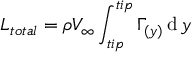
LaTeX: L _ { t o t a l } = \rho V _ { \infty } \int _ { t i p } ^ { t i p } \Gamma _ { ( y ) } \operatorname { d } y